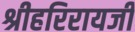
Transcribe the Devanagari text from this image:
श्रीहरिरायजी